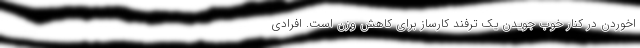
اخوردن در کنار خوب جویدن یک ترفند کارساز برای کاهش وزن است. افرادی